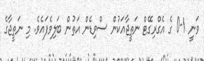
ވަނީ 1-0 ގެ އެގްރިގޭޓް ނަތީޖާއަކުން ސްވިޑެން އަތުން ބަލިވެފައެވެ. މި ނަތީޖާގެ